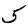
Digit: 5